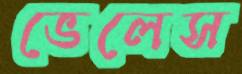
ভেলেস